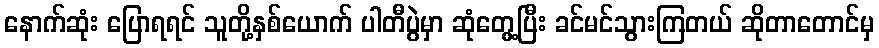
နောက်ဆုံး ပြောရရင် သူတို့နှစ်ယောက် ပါတီပွဲမှာ ဆုံတွေ့ပြီး ခင်မင်သွားကြတယ် ဆိုတာတောင်မှ